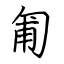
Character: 匍